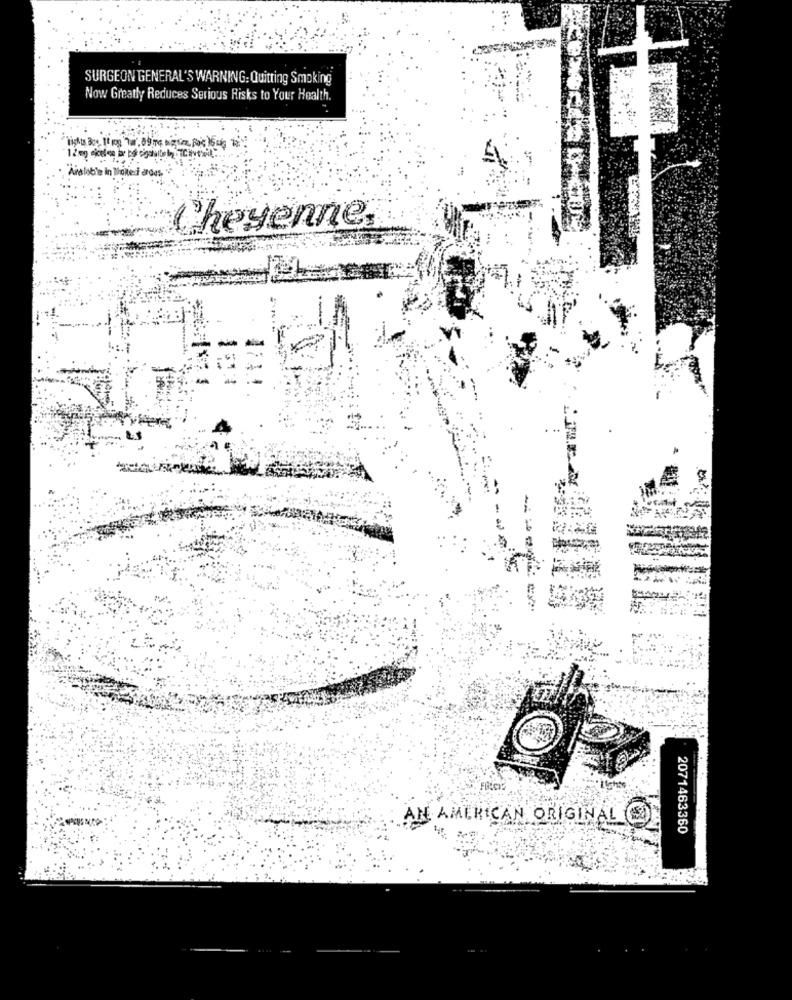
SURGEON GENERAL'S WARNING: Quitting Smoking
Now Greatly Reduces Serious Risks to Your Health.
Aidloble
Cheyenne
AN AMERICAN ORIGINAL ()
2071463360